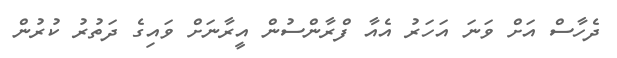
ދެހާސް އަށް ވަނަ އަހަރު އެއާ ފްރާންސުން އީރާނަށް ވައިގެ ދަތުރު ކުރުން